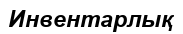
Инвентарлық